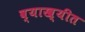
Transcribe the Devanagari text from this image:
व्याख्यीत